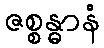
ဇစ္စန္ဓာနံ